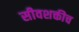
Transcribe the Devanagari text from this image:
सीवशक्तीच